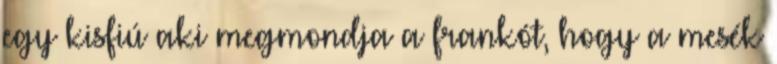
egy kisfiú aki megmondja a frankót, hogy a mesék